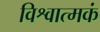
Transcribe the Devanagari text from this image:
विश्वात्मकं